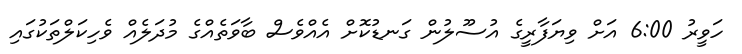
ހަވީރު 6:00 އަށް ވިޔަފާރީގެ އުސޫލުން ގަނޑުކޮށް އެއްވެސް ބާވަތެއްގެ މުދަލެއް ވެހިކަލްތަކުގައި